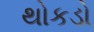
થોકડો